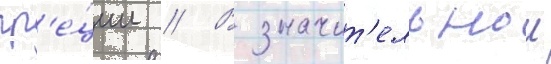
гр'е́ции // В значит'ельнои